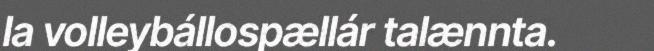
la volleybállospællár talænnta.